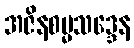
အဇိနစမ္မသဒ္ဒေန